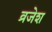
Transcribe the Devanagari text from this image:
व्रजेश